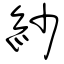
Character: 紗